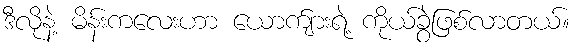
ဒီလိုနဲ့ မိန်းကလေးဟာ ယောက်ျားရဲ့ ကိုယ်ခွဲဖြစ်လာတယ်။